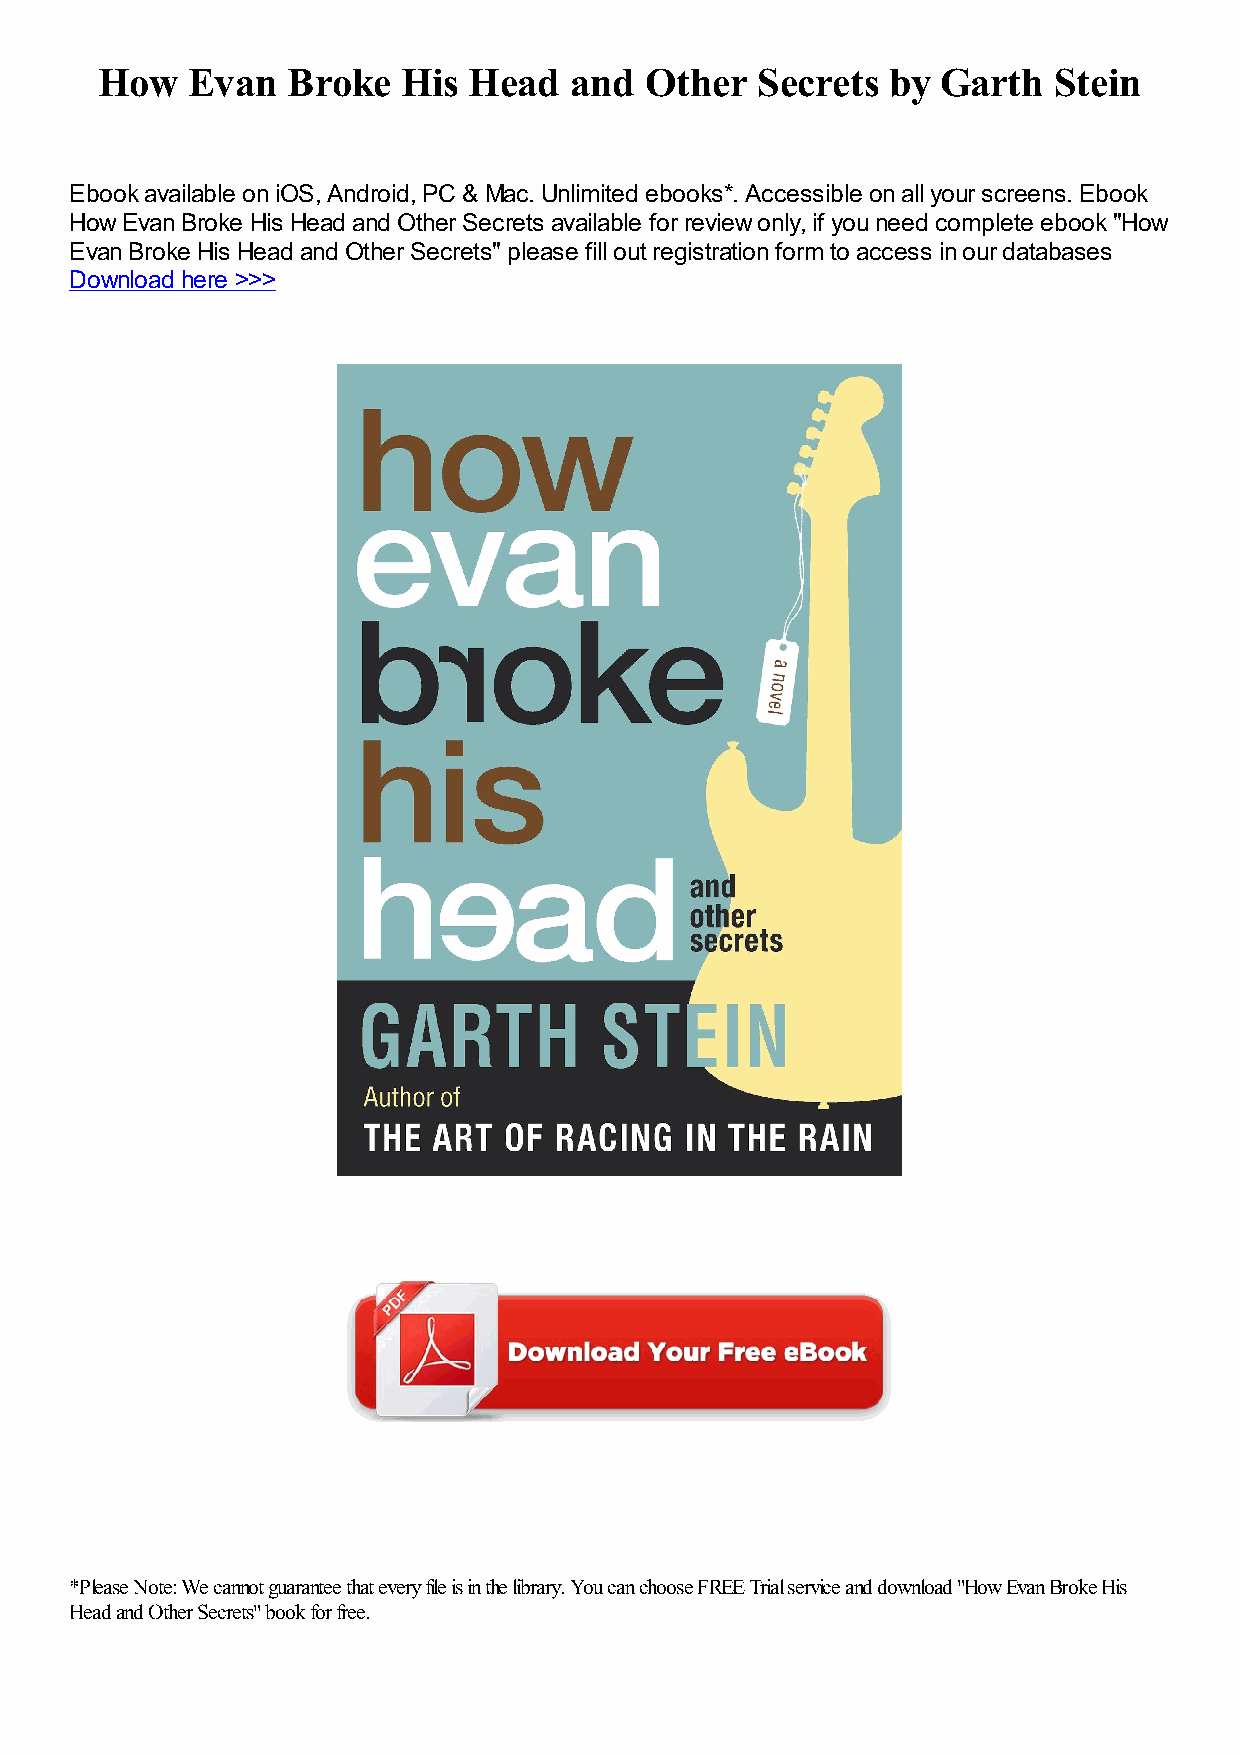
How   Evan   Broke   His Head   and  Other  Secrets  by Garth   Stein
 Ebook available on iOS, Android, PC & Mac. Unlimited ebooks*. Accessible on all your screens. Ebook
 How Evan Broke His Head and Other Secrets available for review only, if you need complete ebook "How
 Evan Broke His Head and Other Secrets" please fill out registration form to access in our databases
 Download here >>>
 *Please Note: We cannot guarantee that every file is in the library. You can choose FREE Trial service and download "How Evan Broke His
 Head and Other Secrets" book for free.